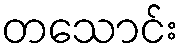
တသောင်း